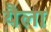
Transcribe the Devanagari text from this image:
यैला